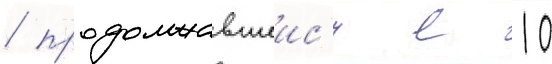
/ продолжавшеис'я с 10